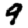
Digit: 9